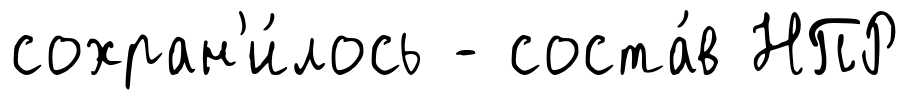
сохран'и́лось - соста́в НПР